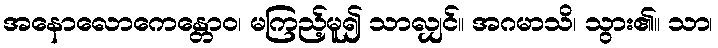
အနောလောကေန္တောဝ၊ မကြည့်မူ၍ သာလျှင်။ အဂမာသိ၊ သွား၏။ သာ၊